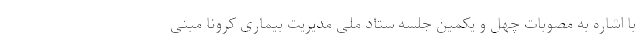
با اشاره به مصوبات چهل و یکمین جلسه ستاد ملی مدیریت بیماری کرونا مبنی